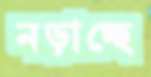
নড়াচ্ছে